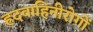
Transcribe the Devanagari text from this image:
ह्रदवाहिनीरोगों